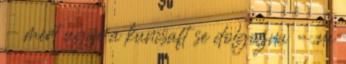
- mert ugye a kuncsaft se dolgozna - ne